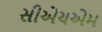
સીએચએમ